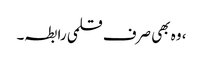
، وہ بھی صرف قلمی رابطہ۔